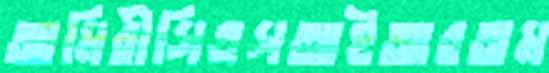
আমিরীসিএসআইআরঅম